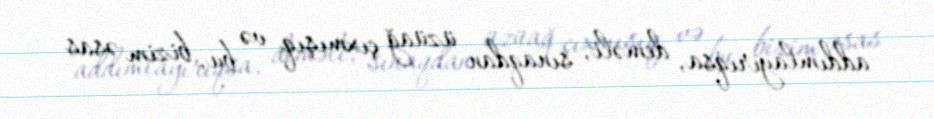
addımlayırıqsa, deməli, sınaqdan üzüağ çıxmışıq və bu, bizim əsas